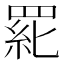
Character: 𱻆